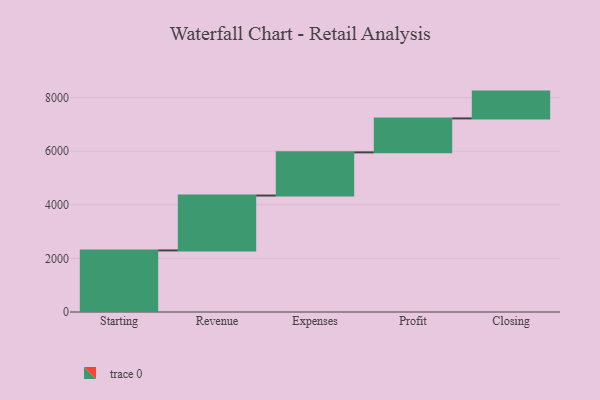
{"axis": {"x": "Step", "y": "Value"}, "legend": [""], "data": [{"x": "Starting", "y": 2297.0, "type": ""}, {"x": "Revenue", "y": 2047.0, "type": ""}, {"x": "Expenses", "y": 1611.0, "type": ""}, {"x": "Profit", "y": 1267.0, "type": ""}, {"x": "Closing", "y": 1000, "type": ""}]}